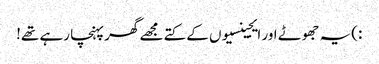
:)یہ جھوٹے اور ایجینسیوں کے کتے مجھے گھر پہنچا رہے تھے!